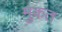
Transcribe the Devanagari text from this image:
मुकत